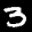
Label: 3